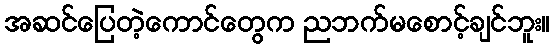
အဆင်ပြေတဲ့ကောင်တွေက ညဘက်မစောင့်ချင်ဘူး။